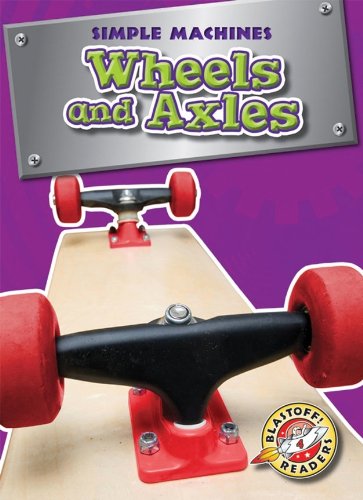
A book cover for Wheels and Axles (Blastoff! Readers: Simple Machines) (Blastoff Readers. Level 4); Kay Manolis; Children's Books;